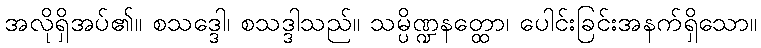
အလိုရှိအပ်၏။ စသဒ္ဒေါ၊ စသဒ္ဒါသည်။ သမ္ပိဏ္ဍနတ္ထော၊ ပေါင်းခြင်းအနက်ရှိသော။